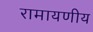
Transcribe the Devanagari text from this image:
रामायणीय